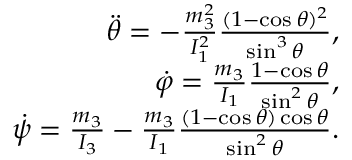
\begin{array} { r } { \ddot { \theta } = - \frac { m _ { 3 } ^ { 2 } } { I _ { 1 } ^ { 2 } } \frac { ( 1 - \cos \theta ) ^ { 2 } } { \sin ^ { 3 } \theta } , } \\ { \dot { \varphi } = \frac { m _ { 3 } } { I _ { 1 } } \frac { 1 - \cos \theta } { \sin ^ { 2 } \theta } , } \\ { \dot { \psi } = \frac { m _ { 3 } } { I _ { 3 } } - \frac { m _ { 3 } } { I _ { 1 } } \frac { ( 1 - \cos \theta ) \cos \theta } { \sin ^ { 2 } \theta } . } \end{array}